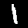
Label: 1